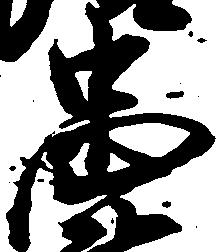
忠